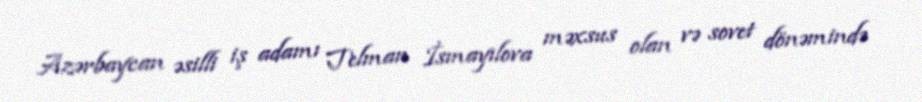
Azərbaycan əsilli iş adamı Telman İsmayılova məxsus olan və sovet dönəmində